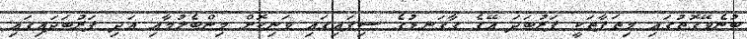
ބުނެވޭގޮތުގައި މިތަފާތަކީ ފަރުބަދަ އޭގެ ގާގަނޑުގެ ސިފައިގައި ވަނިކޮށް މިންބެލުމާއި އަދި ފަރުބަދައިގައި